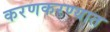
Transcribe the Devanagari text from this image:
करणकरण्यात